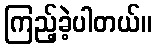
ကြည့်ခဲ့ပါတယ်။